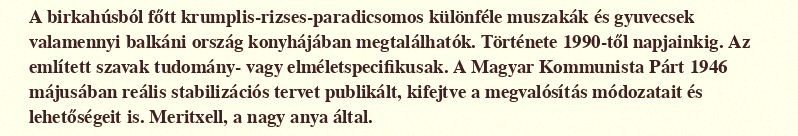
A birkahúsból főtt krumplis-rizses-paradicsomos különféle muszakák és gyuvecsek valamennyi balkáni ország konyhájában megtalálhatók. Története 1990-től napjainkig. Az említett szavak tudomány- vagy elméletspecifikusak. A Magyar Kommunista Párt 1946 májusában reális stabilizációs tervet publikált, kifejtve a megvalósítás módozatait és lehetőségeit is. Meritxell, a nagy anya által.